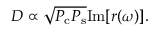
\begin{array} { r } { D \propto \sqrt { P _ { \mathrm { c } } P _ { \mathrm { s } } } \mathrm { I m } [ r ( \omega ) ] . } \end{array}